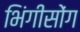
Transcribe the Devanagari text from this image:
भिंगीसोंग